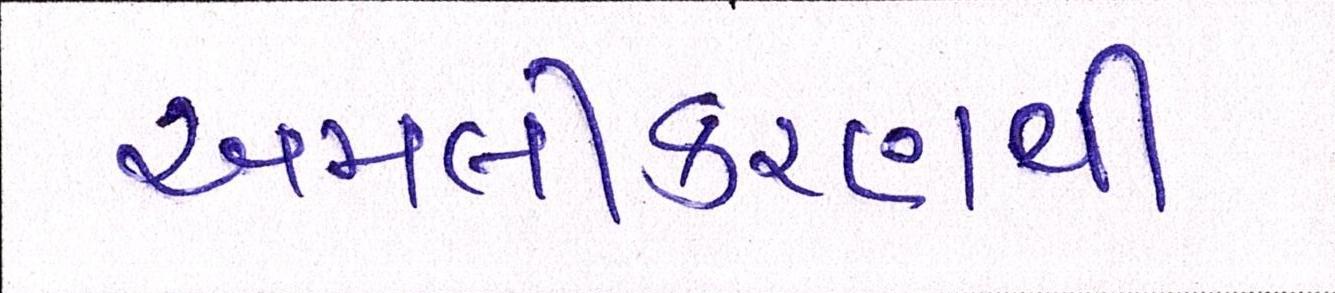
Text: અમલીકરણથી